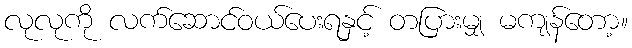
လုလုကို လက်ဆောင်ဝယ်ပေးရနှင့် တပြားမျှ မကျန်တော့။